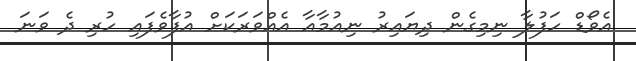
އެވޯޑް ހަފުލާ ނިމިގެން ދިޔައިރު ނިއުމާއާ އެއްވަރަކަށް އުފާވެފައި ހުރި ދެ ވަނަ